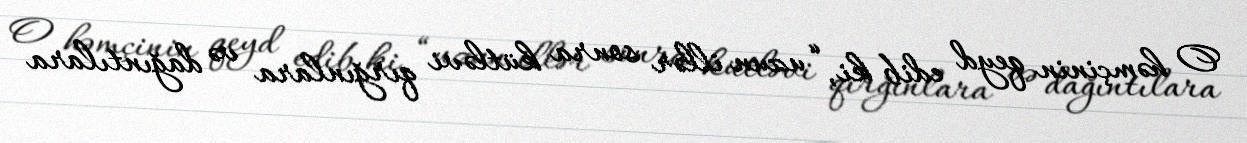
O həmçinin qeyd edib ki, “uzun illər sonra kütləvi qırğınlara və dağıntılara